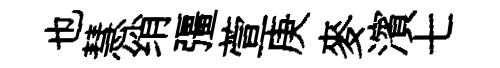
也慧绡彊萱庚麥濱七